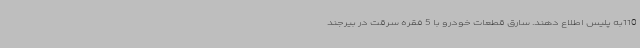
110به پلیس اطلاع دهند. سارق قطعات خودرو با 5 فقره سرقت در بیرجند